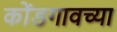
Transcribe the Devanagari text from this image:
कोंडगावच्या